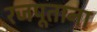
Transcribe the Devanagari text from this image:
रजपूताना